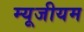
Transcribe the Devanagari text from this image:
म्‍यूजीयम